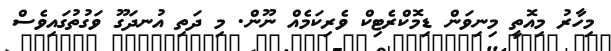
މިހާރު މިއޮތީ މިނިވަން ޑިމޮކްރެޓިކް ވެރިކަމެއް ނޫން. މި ދަތި އުނދަގޫ ވަގުތުގައިވެސް